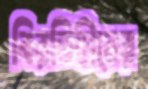
বিরতিহীনের